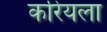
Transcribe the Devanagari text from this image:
करियला